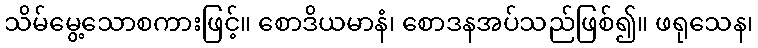
သိမ်မွေ့သောစကားဖြင့်။ စောဒိယမာနံ၊ စောဒနအပ်သည်ဖြစ်၍။ ဖရုသေန၊